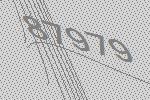
87979